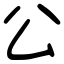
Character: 公